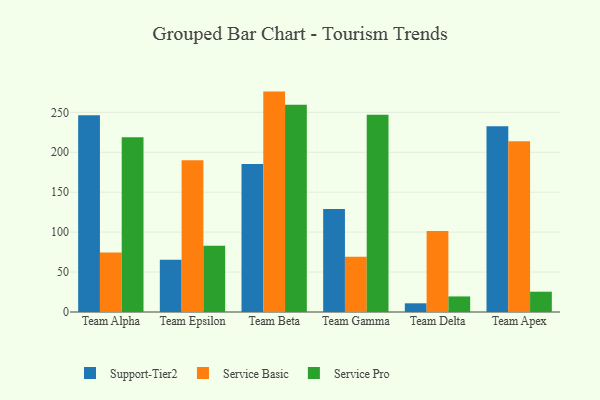
{"axis": {"x": "Team", "y": "Population (Million)"}, "legend": ["Service Basic", "Service Pro", "Support-Tier2"], "data": [{"x": "Team Alpha", "y": 246.4, "type": "Support-Tier2"}, {"x": "Team Alpha", "y": 74.5, "type": "Service Basic"}, {"x": "Team Alpha", "y": 218.8, "type": "Service Pro"}, {"x": "Team Epsilon", "y": 65.5, "type": "Support-Tier2"}, {"x": "Team Epsilon", "y": 189.9, "type": "Service Basic"}, {"x": "Team Epsilon", "y": 82.9, "type": "Service Pro"}, {"x": "Team Beta", "y": 185.2, "type": "Support-Tier2"}, {"x": "Team Beta", "y": 276.0, "type": "Service Basic"}, {"x": "Team Beta", "y": 259.4, "type": "Service Pro"}, {"x": "Team Gamma", "y": 128.9, "type": "Support-Tier2"}, {"x": "Team Gamma", "y": 69.1, "type": "Service Basic"}, {"x": "Team Gamma", "y": 247.1, "type": "Service Pro"}, {"x": "Team Delta", "y": 10.9, "type": "Support-Tier2"}, {"x": "Team Delta", "y": 101.4, "type": "Service Basic"}, {"x": "Team Delta", "y": 19.5, "type": "Service Pro"}, {"x": "Team Apex", "y": 232.5, "type": "Support-Tier2"}, {"x": "Team Apex", "y": 213.7, "type": "Service Basic"}, {"x": "Team Apex", "y": 25.4, "type": "Service Pro"}]}